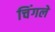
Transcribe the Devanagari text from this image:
चिंगले